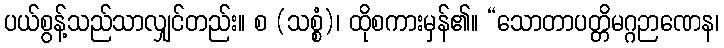
ပယ်စွန့်သည်သာလျှင်တည်း။ စ (သစ္စံ)၊ ထိုစကားမှန်၏။ “သောတာပတ္တိမဂ္ဂဉာဏေန၊